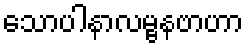
သောပါနာလမ္ဗနဗာဟာ